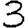
Digit: 3